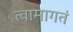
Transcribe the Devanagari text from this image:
त्वामागतं